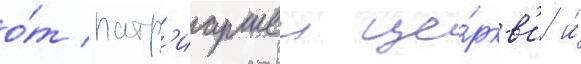
о́т патр'иаршеи це́ркв'и и́